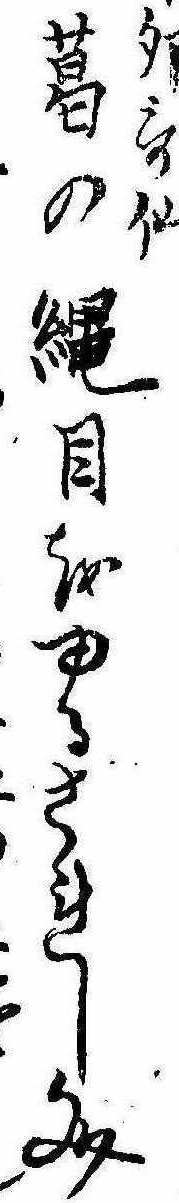
卯歌仙葛の縄目をゆるされし文